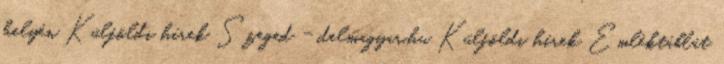
helyén Külföldi hírek Szeged - delmagyar.hu Külföldi hírek Emléktáblát